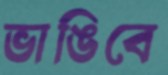
ভাঙিবে